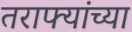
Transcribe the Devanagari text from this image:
तराफ्यांच्या